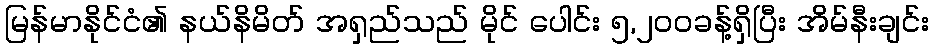
မြန်မာနိုင်ငံ၏ နယ်နိမိတ် အရှည်သည် မိုင် ပေါင်း ၅,၂၀၀ခန့်ရှိပြီး အိမ်နီးချင်း